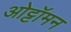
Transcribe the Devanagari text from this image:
ओट्टॉमन